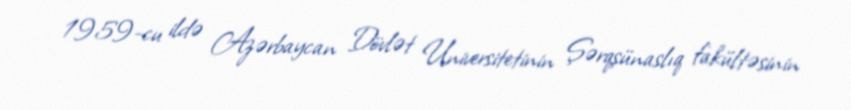
1959-cu ildə Azərbaycan Dövlət Universitetinin Şərqşünaslıq fakültəsinin